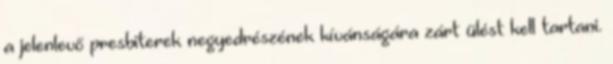
a jelenlevő presbiterek negyedrészének kívánságára zárt ülést kell tartani.